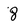
Character: 8